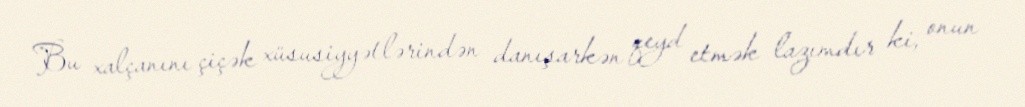
Bu xalçanını çiçək xüsusiyyətlərindən danışarkən qeyd etmək lazımdır ki, onun